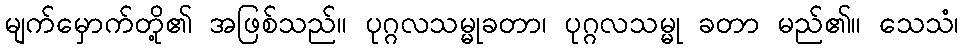
မျက်မှောက်တို့၏ အဖြစ်သည်။ ပုဂ္ဂလသမ္မုခတာ၊ ပုဂ္ဂလသမ္မု ခတာ မည်၏။ သေသံ၊